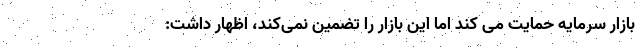
بازار سرمایه حمایت می کند اما این بازار را تضمین نمی‌کند، اظهار داشت: